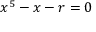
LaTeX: x ^ { 5 } - x - r = 0